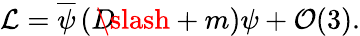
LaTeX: {\cal L}=\overline{{{\psi}}}\left(D\! \! \! \! \slash+m\right)\psi+{\cal O}(3).